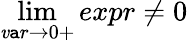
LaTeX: \operatorname*{lim}_{\mathit{v}\mathtt{a}r\to0+}expr\neq0